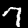
Label: 7